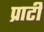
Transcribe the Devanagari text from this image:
प्राटी